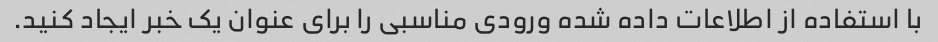
با استفاده از اطلاعات داده شده ورودی مناسبی را برای عنوان یک خبر ایجاد کنید.